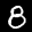
Label: 8